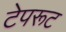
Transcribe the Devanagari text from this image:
टेपरूट